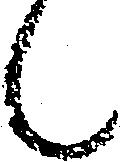
候